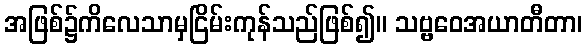
အဖြစ်၌ကိလေသာမှငြိမ်းကုန်သည်ဖြစ်၍။ သဗ္ဗဝေအယာတီတာ၊